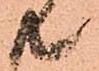
共